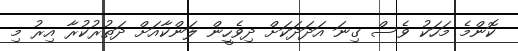
ކޮންމެ މަހަކު ވެސް ގިނަ އަދަދަކަށް ދިވެހީން ލަންކާއަށް ދަތުރުކުރާ އިރު މި